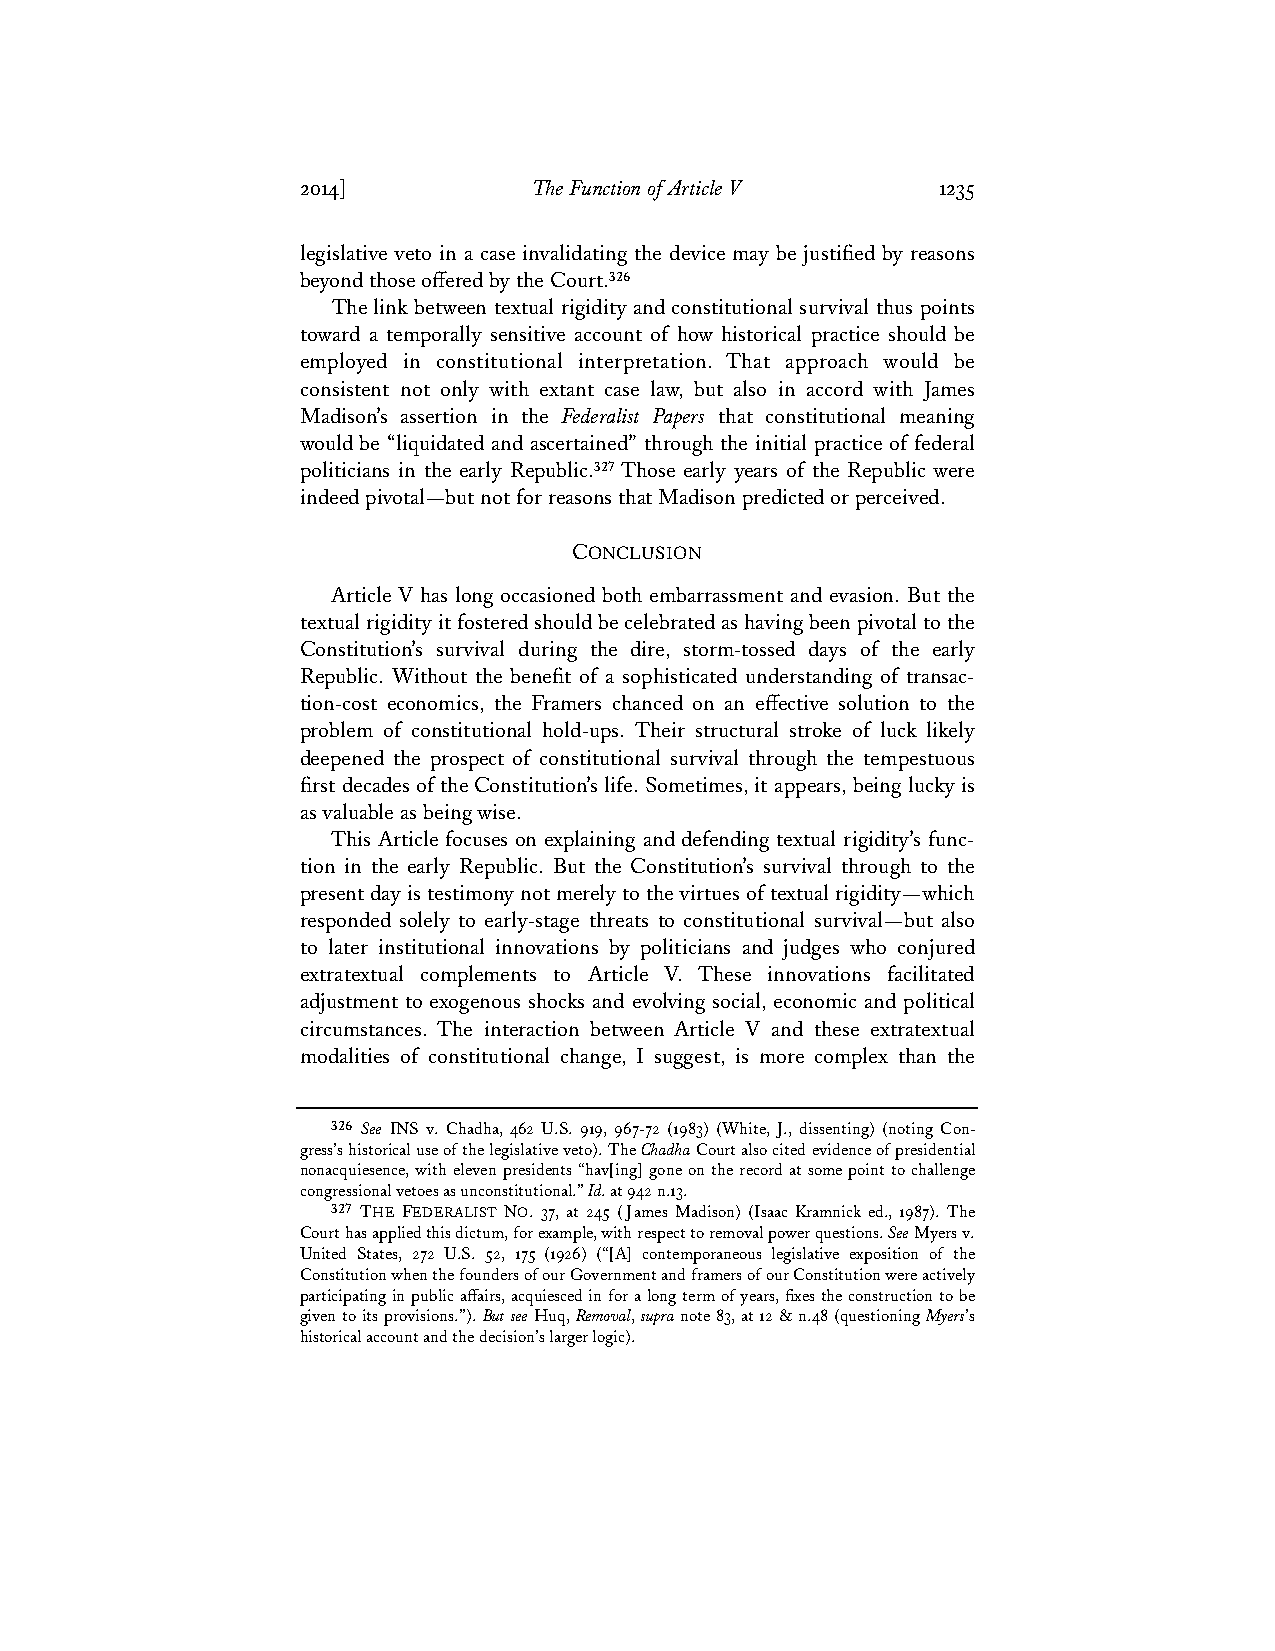
2014]          The Function of Article V  1235
 legislative veto in a case invalidating the device may be justified by reasons
 beyond those offered by the Court.326
 The link between textual rigidity and constitutional survival thus points
 toward a temporally sensitive account of how historical practice should be
 employed in constitutional interpretation. That approach would be
 consistent not only with extant case law, but also in accord with James
 Madison’s assertion in the Federalist Papers that constitutional meaning
 would be “liquidated and ascertained” through the initial practice of federal
 politicians in the early Republic.327 Those early years of the Republic were
 indeed pivotal—but not for reasons that Madison predicted or perceived.
 CONCLUSION
 Article V has long occasioned both embarrassment and evasion. But the
 textual rigidity it fostered should be celebrated as having been pivotal to the
 Constitution’s survival during the dire, storm-tossed days of the early
 Republic. Without the benefit of a sophisticated understanding of transac-
 tion-cost economics, the Framers chanced on an effective solution to the
 problem of constitutional hold-ups. Their structural stroke of luck likely
 deepened the prospect of constitutional survival through the tempestuous
 first decades of the Constitution’s life. Sometimes, it appears, being lucky is
 as valuable as being wise.
 This Article focuses on explaining and defending textual rigidity’s func-
 tion in the early Republic. But the Constitution’s survival through to the
 present day is testimony not merely to the virtues of textual rigidity—which
 responded solely to early-stage threats to constitutional survival—but also
 to later institutional innovations by politicians and judges who conjured
 extratextual complements to Article V. These innovations facilitated
 adjustment to exogenous shocks and evolving social, economic and political
 circumstances. The interaction between Article V and these extratextual
 modalities of constitutional change, I suggest, is more complex than the
 326 See INS v. Chadha, 462 U.S. 919, 967-72 (1983) (White, J., dissenting) (noting Con-
 gress’s historical use of the legislative veto). The Chadha Court also cited evidence of presidential
 nonacquiesence, with eleven presidents “hav[ing] gone on the record at some point to challenge
 congressional vetoes as unconstitutional.” Id. at 942 n.13.
 327 THE FEDERALIST NO. 37, at 245 (James Madison) (Isaac Kramnick ed., 1987). The
 Court has applied this dictum, for example, with respect to removal power questions. See Myers v.
 United States, 272 U.S. 52, 175 (1926) (“[A] contemporaneous legislative exposition of the
 Constitution when the founders of our Government and framers of our Constitution were actively
 participating in public affairs, acquiesced in for a long term of years, fixes the construction to be
 given to its provisions.”). But see Huq, Removal, supra note 83, at 12 & n.48 (questioning Myers’s
 historical account and the decision’s larger logic).